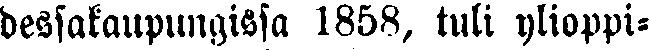
dessakaupungissa 1858, tuli ylioppi-